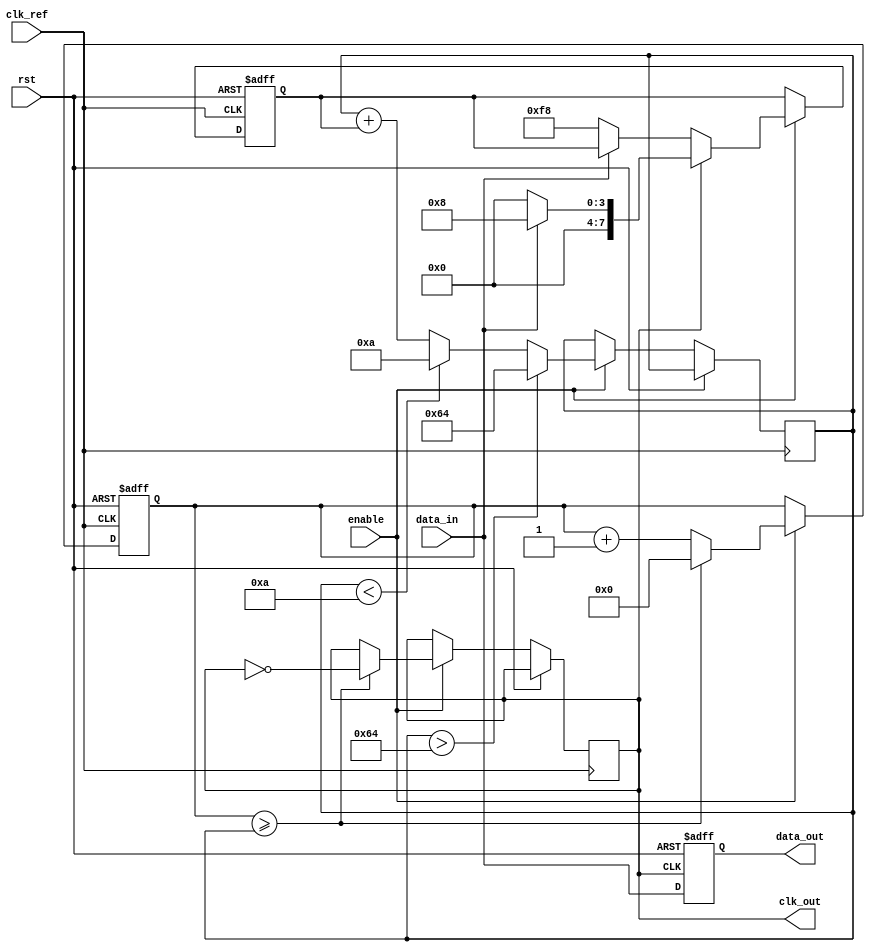
module pll_synchronizer (
    input wire clk_ref,         // Reference clock (incoming clock)
    input wire data_in,        // Incoming data signal
    output reg data_out,       // Synchronized output data
    output wire clk_out,       // VCO output clock
    input wire rst,            // Reset signal
    input wire enable          // Enable signal for PLL
);

    // Parameters for loop filter (for simplicity, could be more complex)
    parameter FILTER_GAIN = 8; // Gain for the loop filter
    parameter VCO_MAX_FREQ = 100; // Max frequency for VCO
    parameter VCO_MIN_FREQ = 10;  // Min frequency for VCO

    // State variables
    reg [7:0] phase_error;         // Phase error signal
    reg [7:0] control_voltage;      // Control voltage for VCO
    reg [31:0] vco_cnt;             // Counter for VCO output generation
    reg vco_en;                     // VCO enable signal
    reg [1:0] state;                // State of the phase detector

    // Clock generation logic (simple VCO simulation)
    always @(posedge clk_ref or posedge rst) begin
        if (rst) begin
            vco_cnt <= 0;
            vco_en <= 1'b0;
        end else if (enable) begin
            if (vco_cnt >= control_voltage) begin
                vco_cnt <= 0;
                clk_out <= ~clk_out; // Toggle clock output
            end else begin
                vco_cnt <= vco_cnt + 1;
            end
        end
    end

    // Phase Detector Logic
    always @(posedge clk_ref or posedge rst) begin
        if (rst) begin
            phase_error <= 0;
            state <= 2'b00;
        end else if (enable) begin
            // Simple phase comparison
            if (clk_out) begin
                if (data_in) begin
                    phase_error <= FILTER_GAIN; // VCO needs to speed up
                    state <= 2'b01;
                end else begin
                    phase_error <= 0; // No phase error
                    state <= 2'b00;
                end
            end else if (!data_in) begin
                phase_error <= -FILTER_GAIN; // VCO needs to slow down
                state <= 2'b10;
            end
            // Control voltage adjustment based on phase error
            control_voltage <= control_voltage + phase_error;
            // Clamp control voltage to VCO limits
            if (control_voltage > VCO_MAX_FREQ) begin
                control_voltage <= VCO_MAX_FREQ;
            end else if (control_voltage < VCO_MIN_FREQ) begin
                control_voltage <= VCO_MIN_FREQ;
            end
        end
    end

    // Data Synchronization Logic
    always @(posedge clk_out or posedge rst) begin
        if (rst) begin
            data_out <= 0;
        end else begin
            data_out <= data_in; // Sample data on VCO clock edge
        end
    end

endmodule